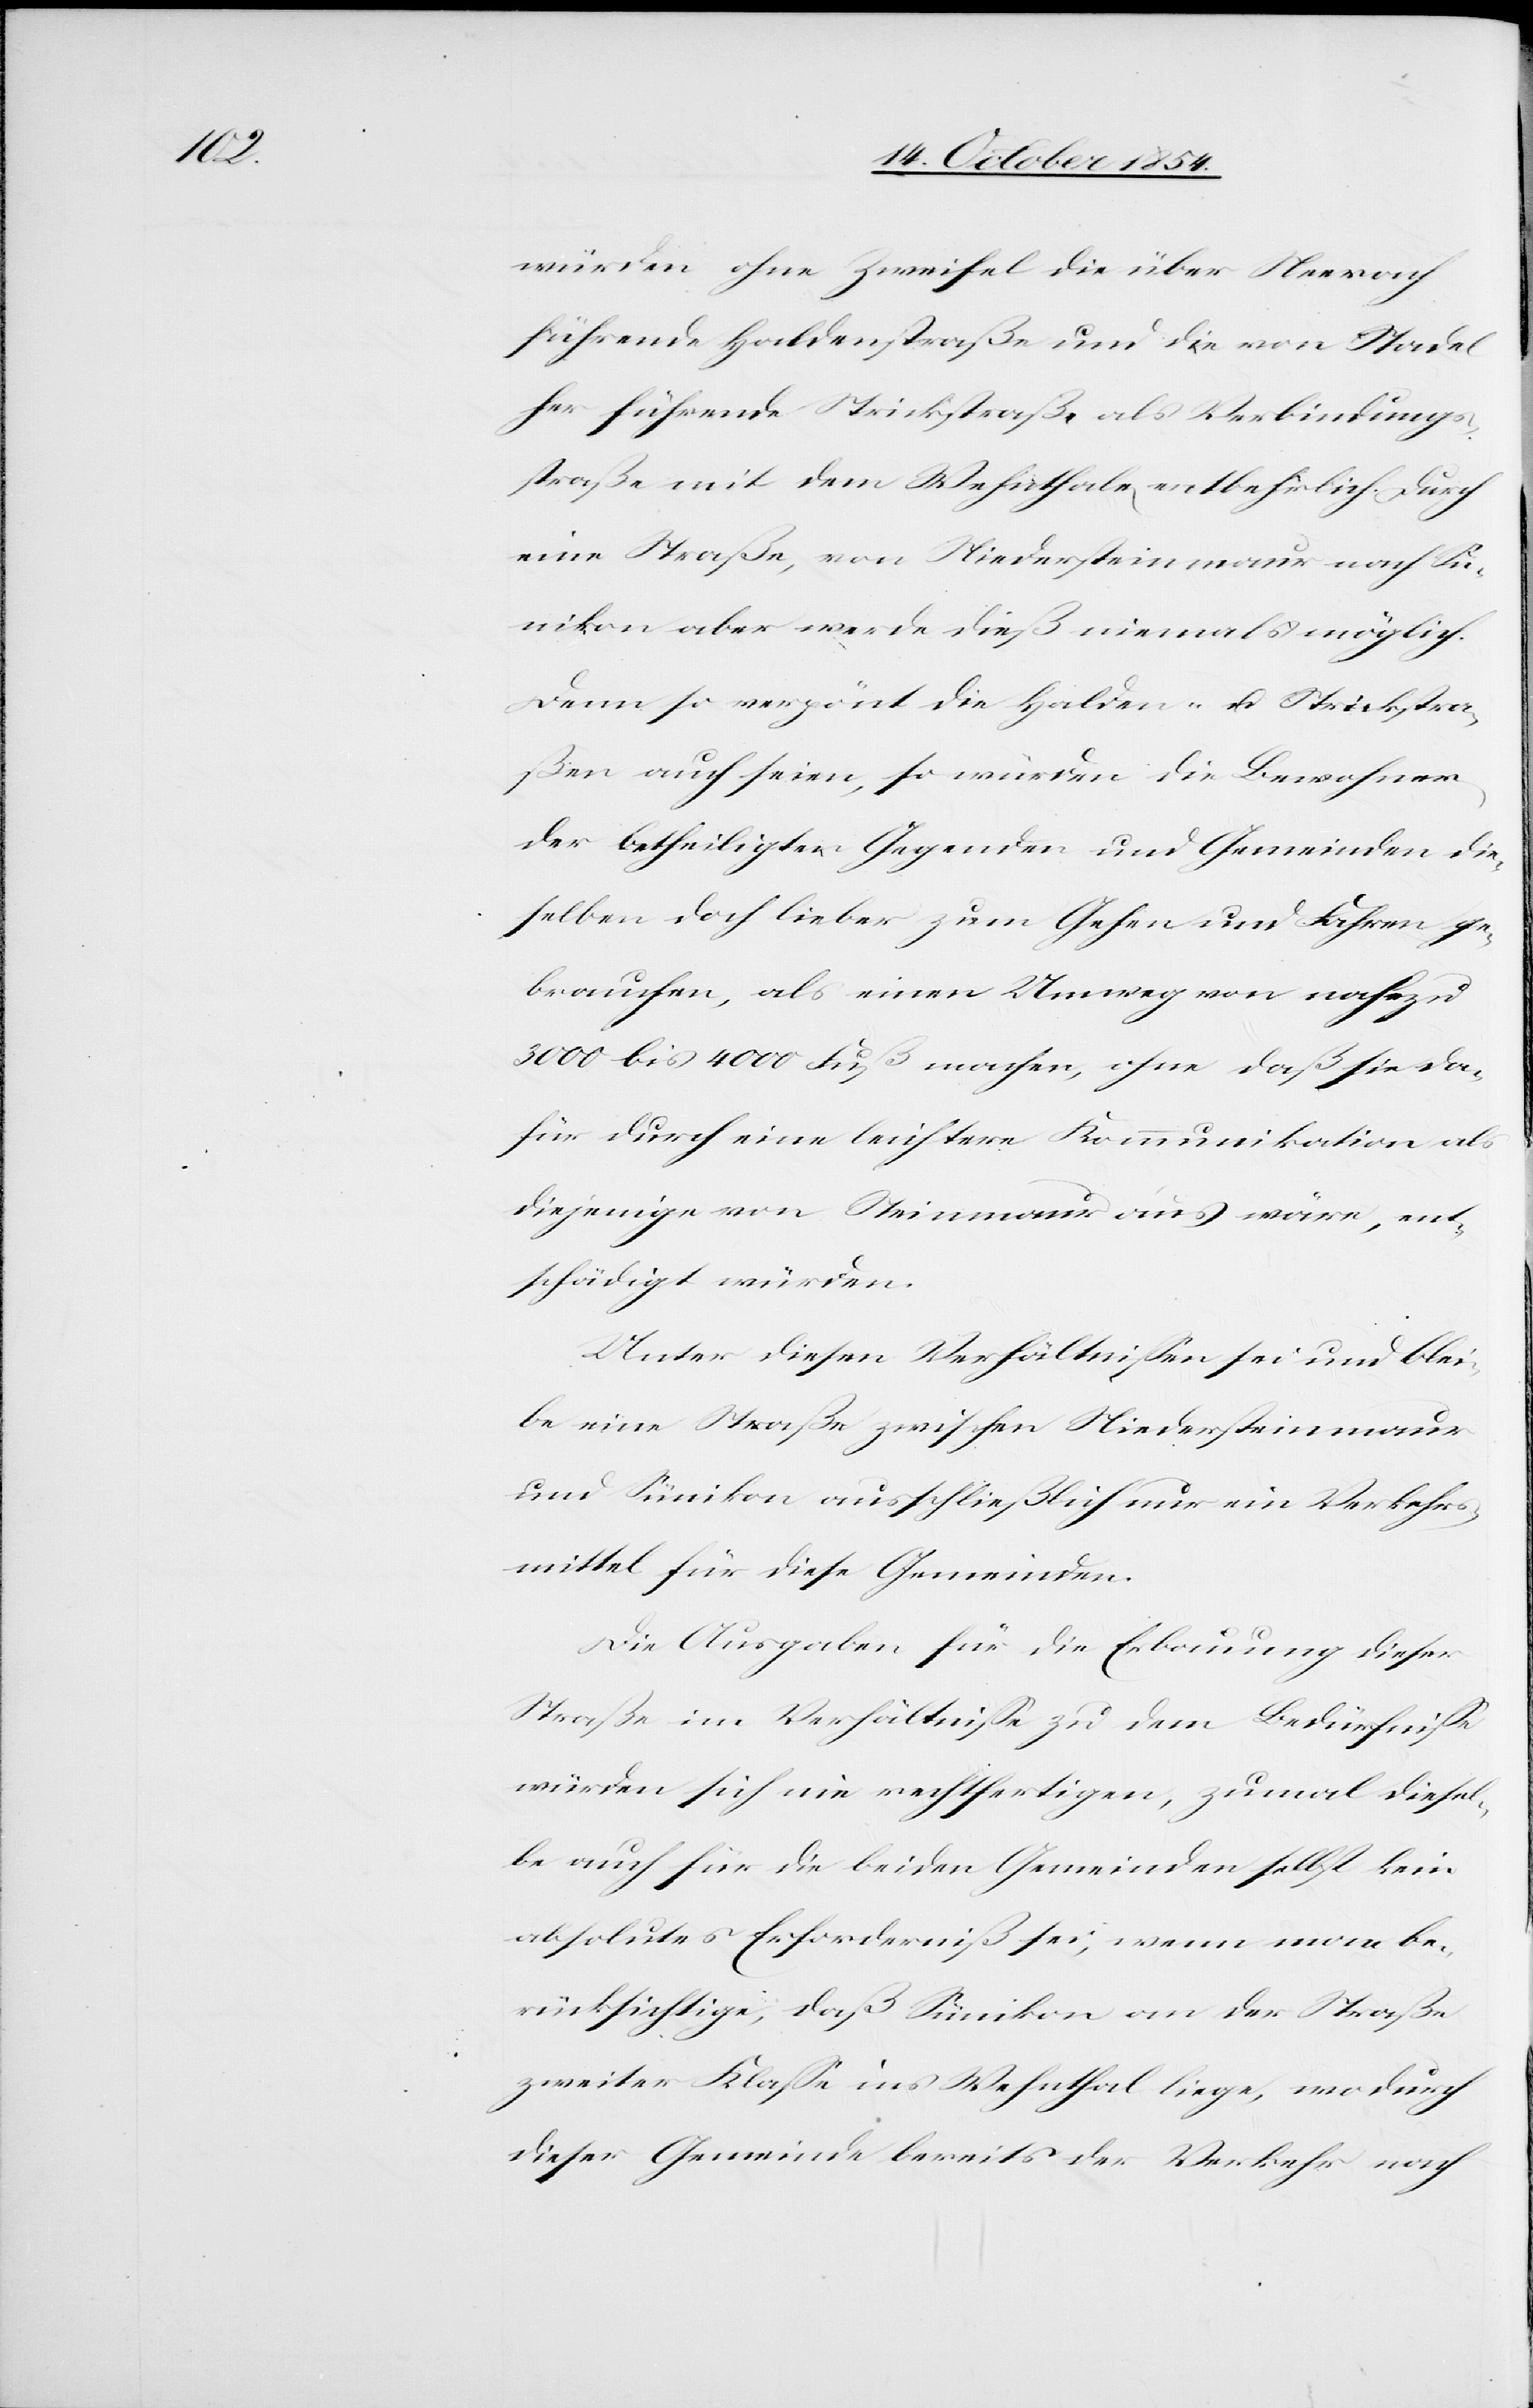
würden ohne Zweifel die über Neerach
führende Haldenstraße und die von Stadel
her führende Strickstraß als Verbindungs¬
straße mit dem Wehnthale entbehrlich. Durch
eine Straße, von Niedersteinmaur nach Sü¬
nikon aber werde dies niemals möglich.
Denn so verpönt die Halden- u. Strickstra¬
ßen auch seien, so würden die Bewohner
der betheiligten Gegenden und Gemeinden die¬
selben doch lieber zum Gehen und fahren ge¬
brauchen, als einen Umweg von nahezu
3000 bis 4000 Fuß machen, ohne daß sie da¬
für durch eine leichtere Kommunikation als
diejenige von Steinmaur aus wäre, ent¬
schädigt würden.
Unter diesen Verhältnißen sei und blei¬
be eine Straße zwischen Niedersteinmaur
und Sünikon ausschließlich nur ein Verkehrs¬
mittel für diese Gemeinden.
Die Ausgaben für die Erbauung dieser
Straße im Verhältniße zu dem Bedürfniße
würden sich nie rechtfertigen, zumal diesel¬
be auch für die beiden Gemeinden selbst kein
absolutes Erforderniß sei, wenn man be¬
rücksichtige, daß Sünikon an der Straße
zweiter Klaße ins Wehnthal liege, wodurch
dieser Gemeinde bereits der Verkehr nach